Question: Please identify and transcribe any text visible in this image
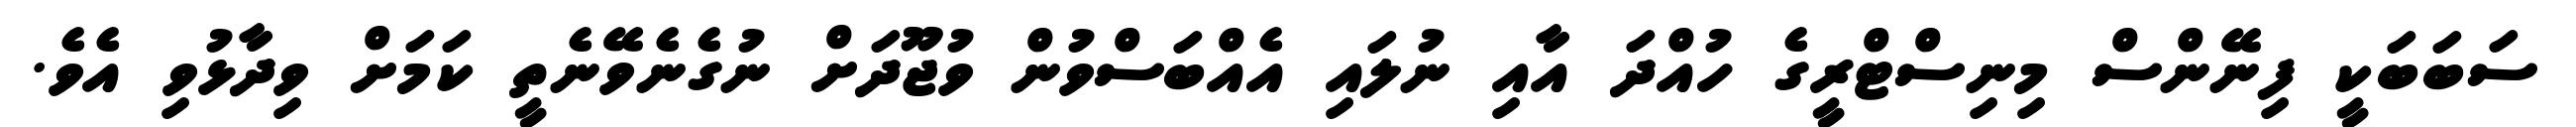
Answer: ސަބަބަކީ ފިނޭންސް މިނިސްޓްރީގެ ހުއްދަ އާއި ނުލައި އެއްބަސްވުން ވުޖޫދަށް ނުގެނެވޭނެތީ ކަމަށް ވިދާޅުވި އެވެ.